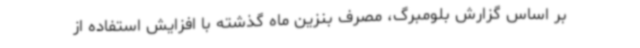
بر اساس گزارش بلومبرگ، مصرف بنزین ماه گذشته با افزایش استفاده از